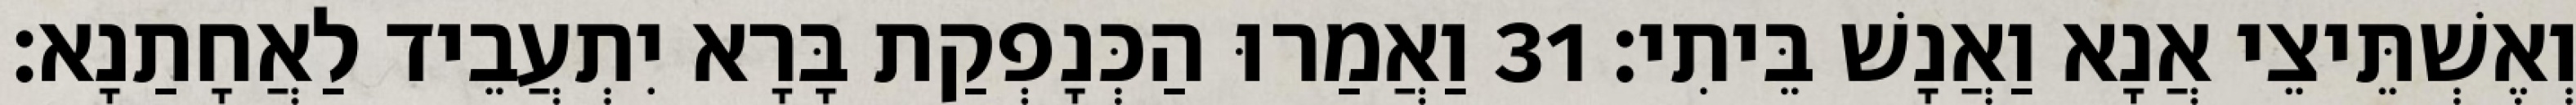
וְאֶשְׁתֵּיצֵי אֲנָא וַאֲנָשׁ בֵּיתִי׃ 31 וַאֲמַרוּ הַכְּנָפְקַת בָּרָא יִתְעֲבֵיד לַאֲחָתַנָא׃